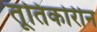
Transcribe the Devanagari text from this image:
तूतिकोरीन